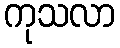
ကုသလာ